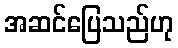
အဆင်ပြေသည်ဟု